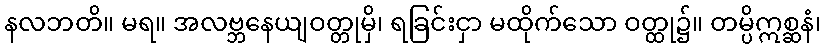
နလဘတိ။ မရ။ အလဗ္ဘနေယျဝတ္တုမှိ၊ ရခြင်းငှာ မထိုက်သော ဝတ္ထု၌။ တမ္ပိဣစ္ဆနံ၊